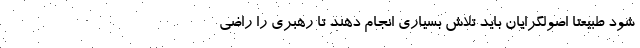
شود طبیعتا اصولگرایان باید تلاش بسیاری انجام دهند تا رهبری را راضی